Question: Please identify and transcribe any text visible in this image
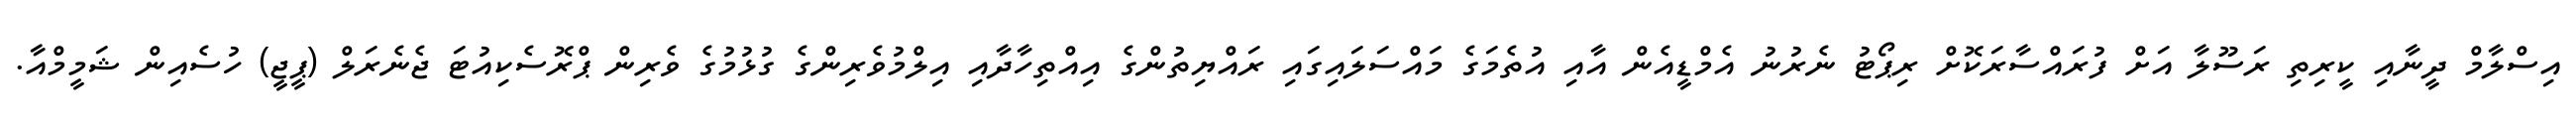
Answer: އިސްލާމް ދީނާއި ކީރިތި ރަސޫލާ އަށް ފުރައްސާރަކޮށް ރިޕޯޓު ނެރުނު އެމްޑީއެން އާއި އުތެމަގެ މައްސަލައިގައި ރައްޔިތުންގެ އިއްތިހާދާއި އިލްމުވެރިންގެ ގުޅުމުގެ ވެރިން ޕްރޮސެކިއުޓަ ޖެނެރަލް (ޕީޖީ) ހުސެއިން ޝަމީމްއާ.